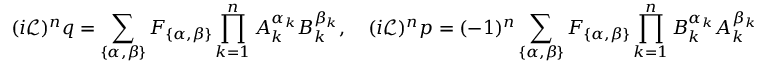
( i \mathcal { L } ) ^ { n } q = \sum _ { \{ \alpha , \beta \} } F _ { \{ \alpha , \beta \} } \prod _ { k = 1 } ^ { n } A _ { k } ^ { \alpha _ { k } } B _ { k } ^ { \beta _ { k } } , \quad ( i \mathcal { L } ) ^ { n } p = ( - 1 ) ^ { n } \sum _ { \{ \alpha , \beta \} } F _ { \{ \alpha , \beta \} } \prod _ { k = 1 } ^ { n } B _ { k } ^ { \alpha _ { k } } A _ { k } ^ { \beta _ { k } }